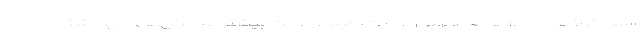
است توضیح داد: هدف نهایی در این زمینه، رعایت بیشتر پروتکل‌های بهداشتی